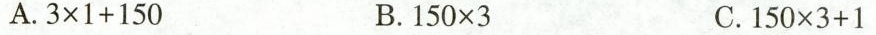
A.3x1+150 B.150 x 3 C.150×3+1